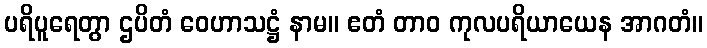
ပရိပူရေတွာ ဌပိတံ ဝေဟာသဋ္ဌံ နာမ။ ဧတံ တာဝ ကုလပရိယာယေန အာဂတံ။